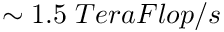
\sim 1 . 5 \; T e r a F l o p / s